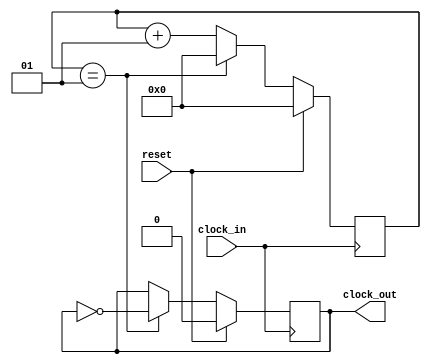
module clock_divider #(
    parameter DIVIDER = 2
)(
    input   wire    reset,
    input   wire    clock_in,
    output  reg     clock_out
);

integer count;

always @(posedge clock_in)
begin
    if (reset)
    begin
        count <= 0;
    end
    else if (count == DIVIDER - 1)
    begin
        count <= 0;
    end
    else
    begin
        count <= count + 1;
    end
end

always @(posedge clock_in)
begin
    if (reset)
    begin
        clock_out <= 0;
    end
    else if (count == DIVIDER - 1)
    begin
        clock_out <= ~clock_out;
    end
end

endmodule